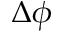
\Delta \phi